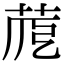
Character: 𦱼